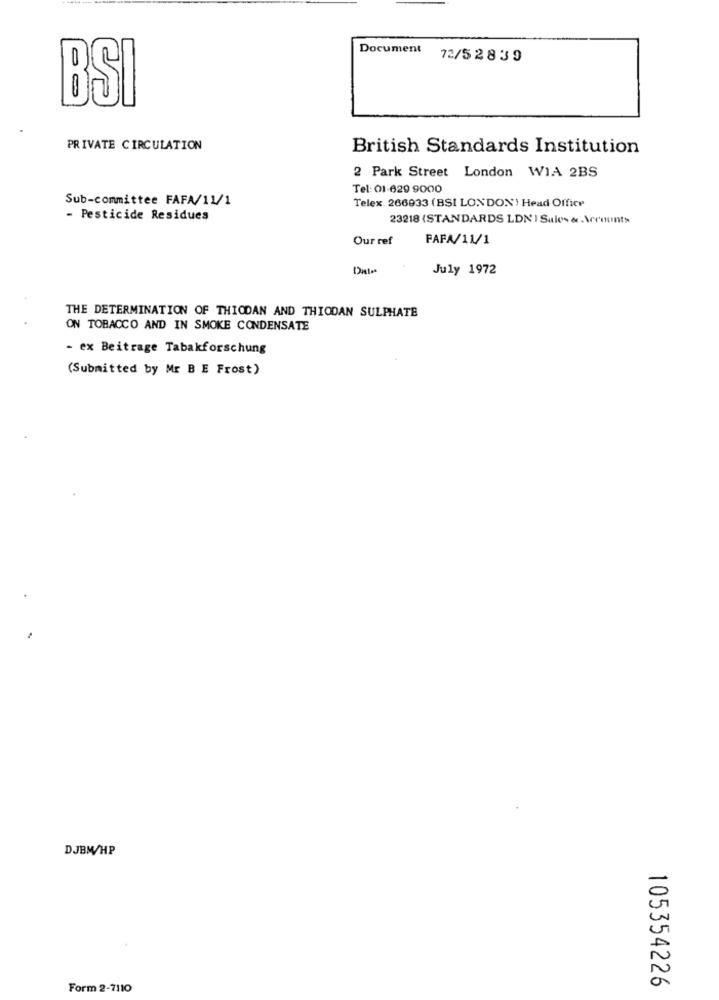
Document
72/52839
BSI
00
PRIVATE CIRCULATION
British Standards Institution
2 Park Street London WIA 2BS
Tel: 01-629 9000
Sub-committee FAFA/11/1
Telex. 266933 (BSI LONDON) Head Office
- Pesticide Residues
23218 (STANDARDS LDN ) Sales & eenunts
Our ref
FAFA/11/1
Date
July 1972
THE DETERMINATION OF THIODAN AND THIODAN SULPHATE
ON TOBACCO AND IN SMOKE CONDENSATE
- ex Beitrage Tabakforschung
(Submitted by Mr B E Frost)
DJBM/HP
105354226
Form 2-7110